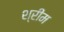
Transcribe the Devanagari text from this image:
श्रीम